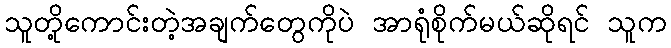
သူတို့ကောင်းတဲ့အချက်တွေကိုပဲ အာရုံစိုက်မယ်ဆိုရင် သူက